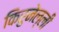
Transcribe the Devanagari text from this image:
किरुनेल्ली